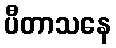
ပီတာသနေ